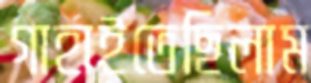
গাহাইতেছিলাম